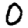
Digit: 0